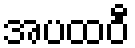
အပထဝီ